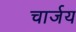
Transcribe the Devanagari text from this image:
चार्जय